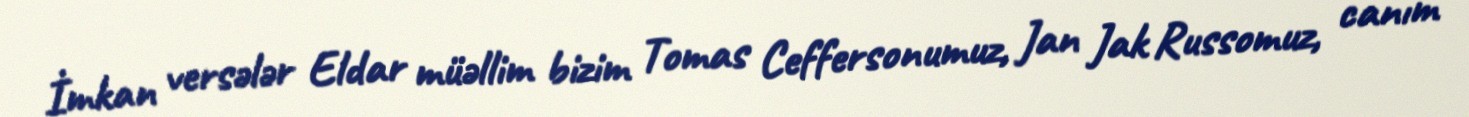
İmkan versələr Eldar müəllim bizim Tomas Ceffersonumuz, Jan Jak Russomuz, canım